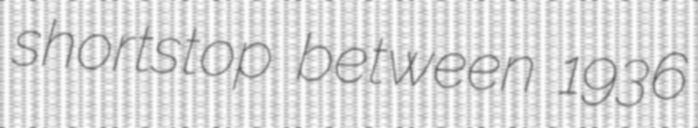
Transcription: shortstop between 1936